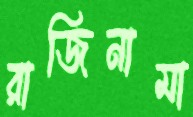
রাজিনামা